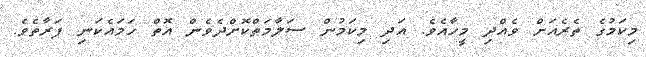
މިކަމުގެ ތެރެއަށް ވެއްދި މީހާއެވެ. އަދި މިކަމުން ސަލާމަތްކޮށްދެވެން އޮތް ހަމައެކަނި ފަރާތެވެ.